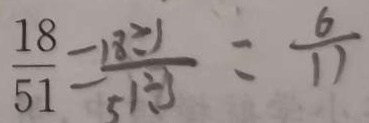
\frac { 1 8 } { 5 1 } = \frac { 1 8 \div 1 } { 5 1 \div 3 } = \frac { 6 } { 1 1 }